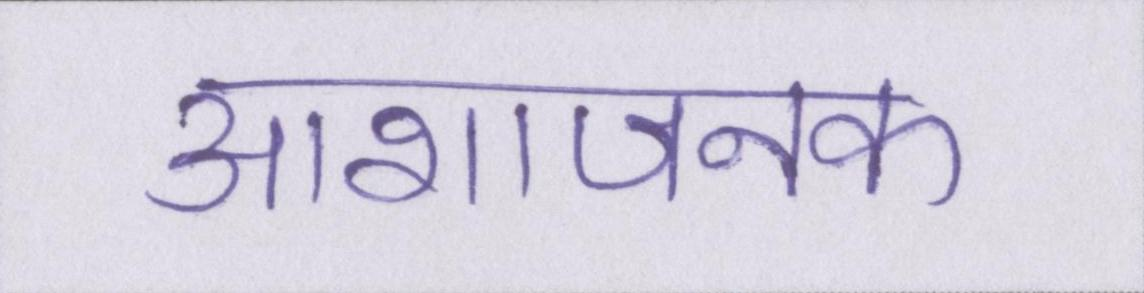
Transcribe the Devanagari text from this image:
आशाजनक